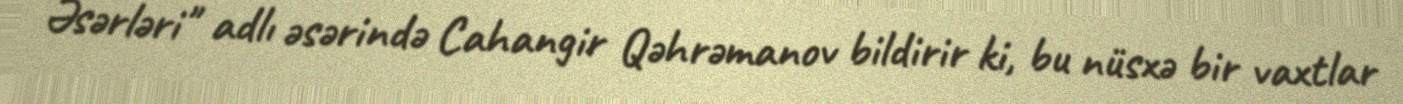
Əsərləri" adlı əsərində Cahangir Qəhrəmanov bildirir ki, bu nüsxə bir vaxtlar